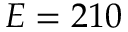
E = 2 1 0